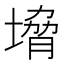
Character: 㙝